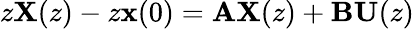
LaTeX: z\mathbf{X}(z)-z\mathbf{x}(0)=\mathbf{A}\mathbf{X}(z)+\mathbf{B}\mathbf{U}(z)